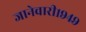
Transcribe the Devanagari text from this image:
जानेवारी१९४९